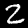
Digit: 2